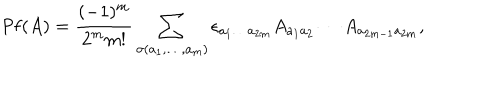
LaTeX: \mathrm { P f } ( A ) = \frac { ( - 1 ) ^ { m } } { 2 ^ { m } m ! } \sum _ { \sigma ( a _ { 1 } , \dots , a _ { m } ) } \epsilon _ { a _ { 1 } \dots a _ { 2 m } } A _ { a _ { 1 } a _ { 2 } } \cdots A _ { a _ { 2 m - 1 } a _ { 2 m } } ,